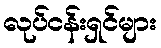
လုပ်ငန်းရှင်များ